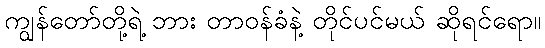
ကျွန်တော်တို့ရဲ့ ဘား တာဝန်ခံနဲ့ တိုင်ပင်မယ် ဆိုရင်ရော။